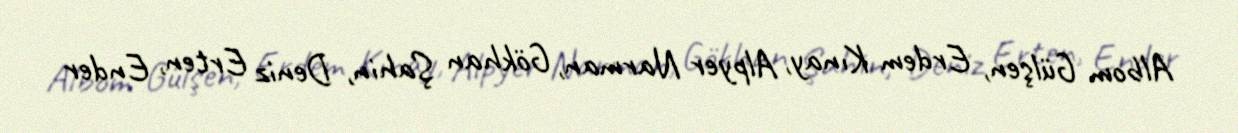
Albom Gülşen, Erdem Kınay, Alpyer Narman, Gökhan Şahin, Deniz Erten, Ender